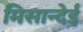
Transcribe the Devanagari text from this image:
मिसान्देई